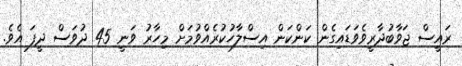
ރައީސް ޖަވާބުދާރީވެވަޑައިގެން ކަންކަން އިސްލާހުކުރެއްވުމަށް މިހާރު ވަނީ 45 ދުވަސް ދީފަ އެވެ.